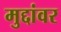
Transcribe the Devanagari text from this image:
मुद्दांवर